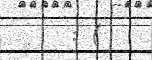
: (